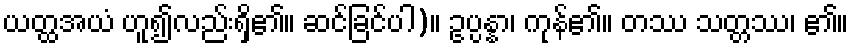
ယတ္ထအယံ ဟူ၍လည်းရှိ၏။ ဆင်ခြင်ပါ)။ ဥပ္ပန္နာ၊ ကုန်၏။ တဿ သတ္တဿ၊ ၏။